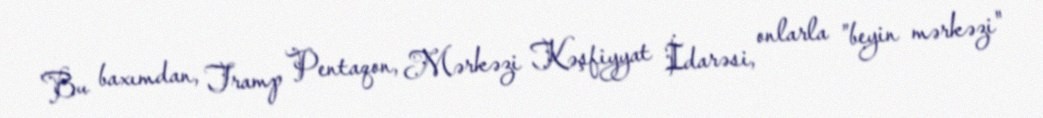
Bu baxımdan, Tramp Pentaqon, Mərkəzi Kəşfiyyat İdarəsi, onlarla ”beyin mərkəzi"